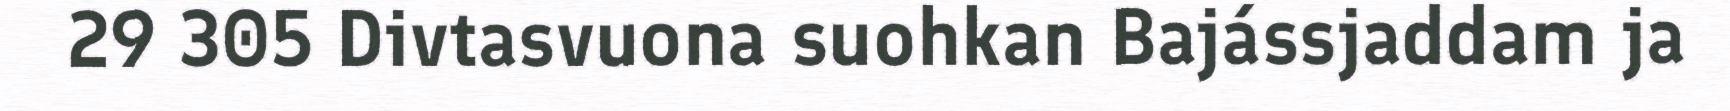
29 305 Divtasvuona suohkan Bajássjaddam ja